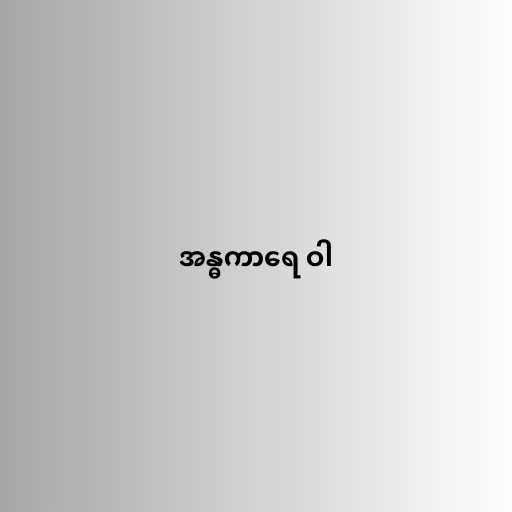
အန္ဓကာရေ ဝါ